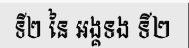
ទី២ នៃ អង្គទង ទី២